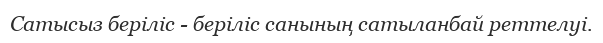
Сатысыз беріліс - беріліс санының сатыланбай реттелуі.